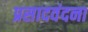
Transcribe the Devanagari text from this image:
प्रसादवंदना